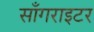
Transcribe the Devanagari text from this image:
साँगराइटर